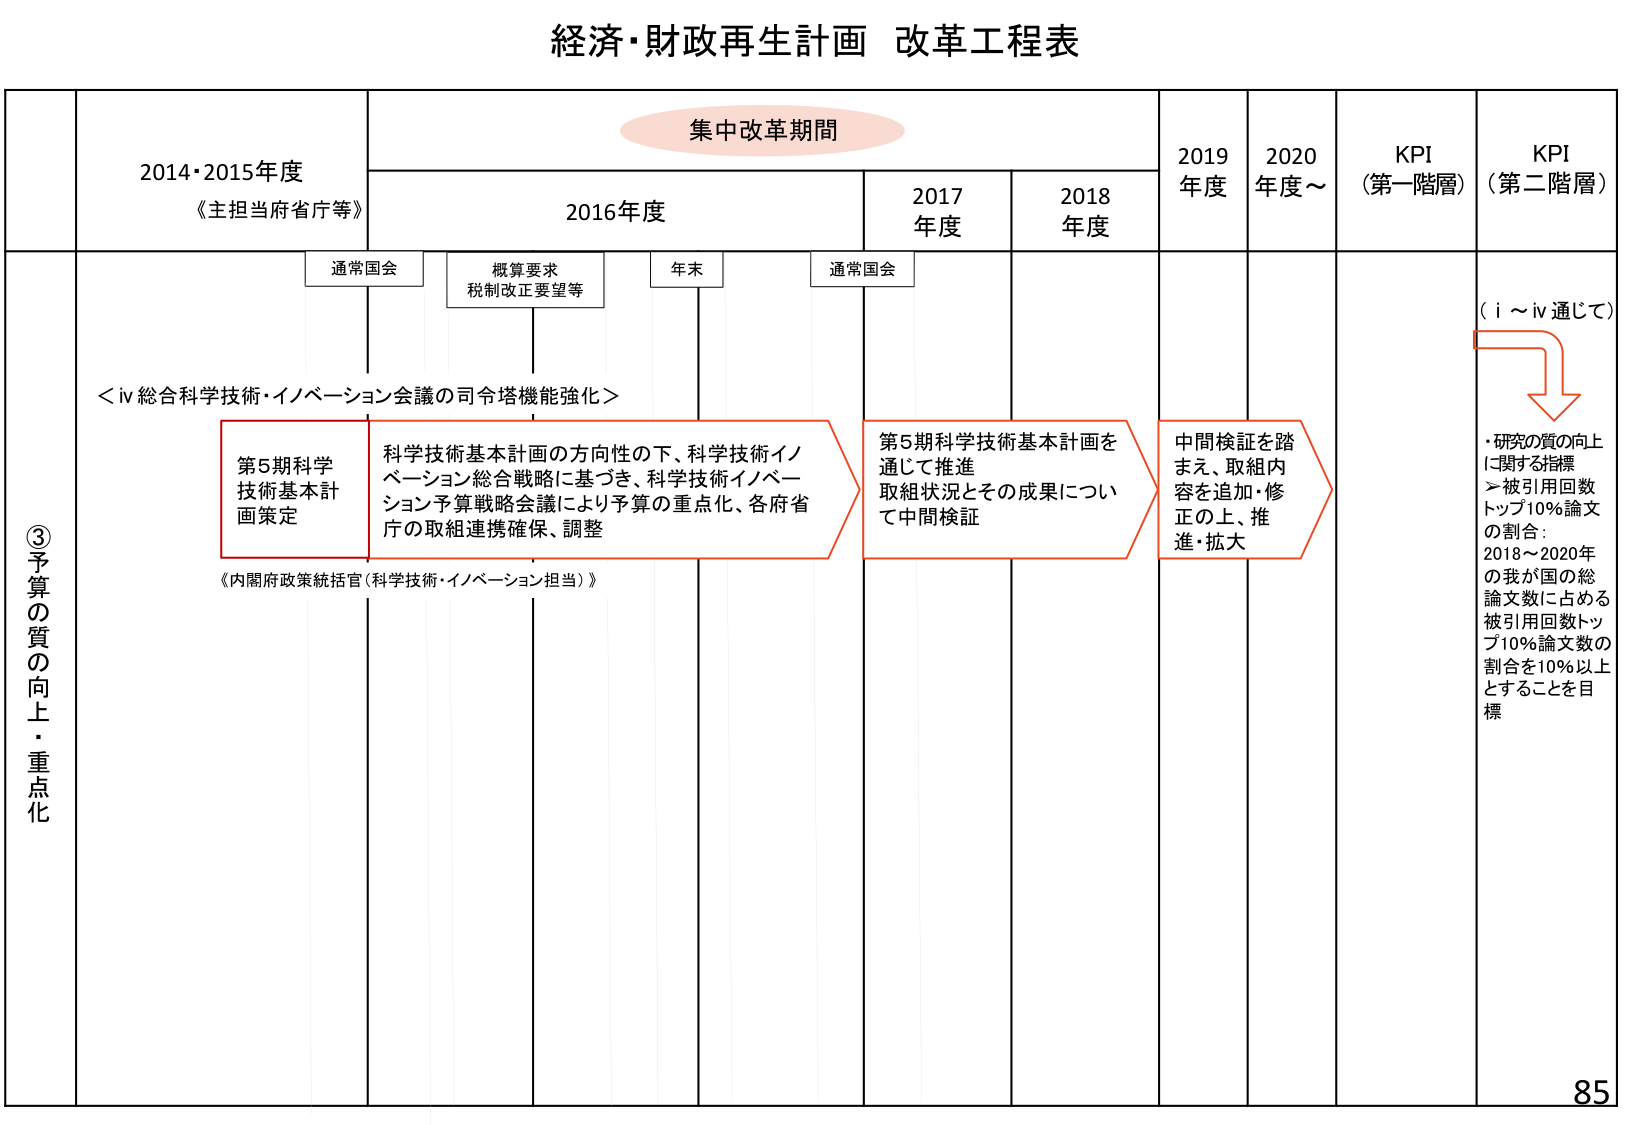
経済・財政再生計画 改革工程表

集中改革期間

2014・2015年度
《主担当府省庁等》

2016年度

2017年度

2018年度

2019年度

2020年度～

KPI
（第一階層）

KPI
（第二階層）

通常国会

概算要求
税制改正要望等

年末

通常国会

③予算の質の向上・重点化

＜iv 総合科学技術・イノベーション会議の司令塔機能強化＞

第5期科学
技術基本計
画策定

科学技術基本計画の方向性の下、科学技術イノ
ベーション総合戦略に基づき、科学技術イノベー
ション予算戦略会議により予算の重点化、各府省
庁の取組連携確保、調整

第5期科学技術基本計画を
通じて推進
取組状況とその成果につい
て中間検証

中間検証を踏
まえ、取組内
容を追加・修
正の上、推
進・拡大

（i～iv通じて）

・研究の質の向上
に関する指標
＞被引用回数
トップ10%論文
の割合：
2018～2020年
の我が国の総
論文数に占める
被引用回数トッ
プ10%論文数の
割合を10%以上
とすることを目
標

《内閣府政策統括官（科学技術・イノベーション担当）》

85